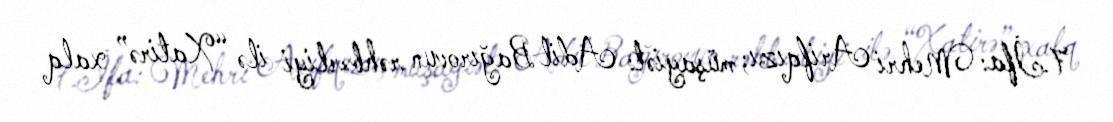
7.İfa: Mehri Arifqızı; müşayiət: Adil Bağırovun rəhbərliyi ilə “Xatirə” xalq